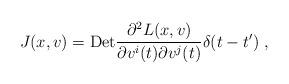
LaTeX: \begin{align*}J(x,v)={\rm Det}\frac{\partial^{2}L(x,v)}{\partial v^{i}(t)\partial v^{j}(t)}\delta(t-t') \; ,\end{align*}